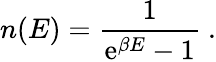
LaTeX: n(E)=\frac{1}{\mathrm{e}^{\beta E}-1}\ .